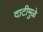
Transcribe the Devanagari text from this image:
दाटीमुळे